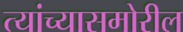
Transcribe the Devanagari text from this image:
त्यांच्यासमोरील